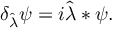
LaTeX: \delta _ { \hat { \lambda } } \psi = i \hat { \lambda } \ast \psi .